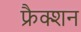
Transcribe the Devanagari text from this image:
फ्रैक्शन